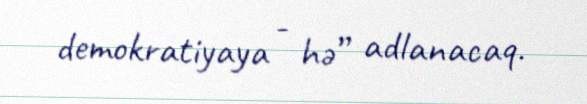
demokratiyaya - hə” adlanacaq.